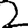
Digit: 2